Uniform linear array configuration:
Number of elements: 24
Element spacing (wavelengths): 0.5
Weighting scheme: blackman
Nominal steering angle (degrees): -15
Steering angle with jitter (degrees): -13.499
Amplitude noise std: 0.05
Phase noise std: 0.05

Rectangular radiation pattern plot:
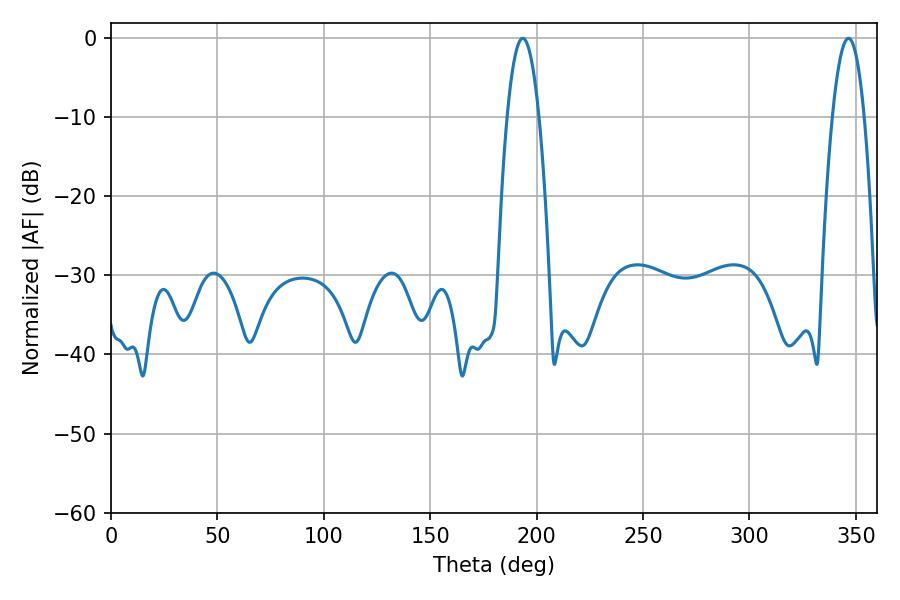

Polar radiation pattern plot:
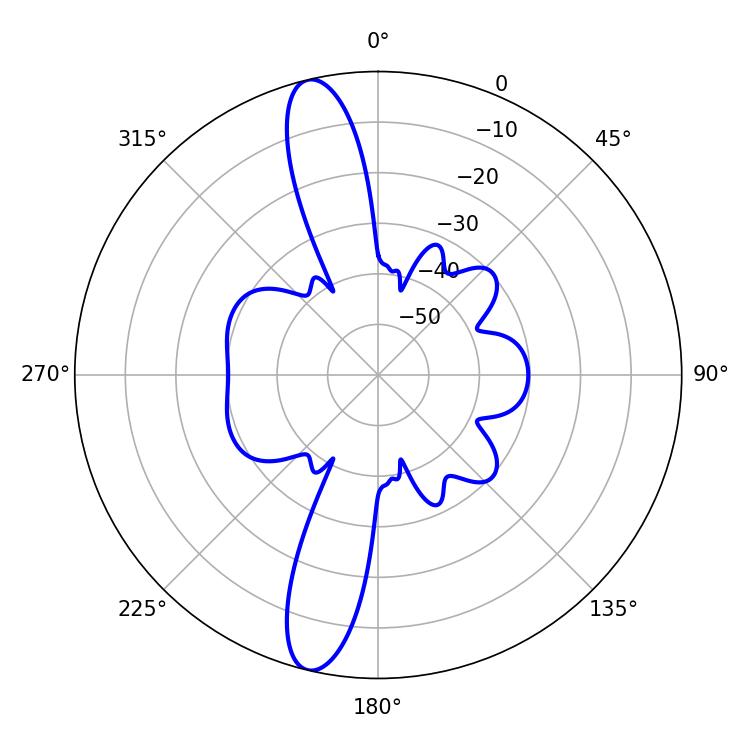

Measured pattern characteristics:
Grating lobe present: FALSE
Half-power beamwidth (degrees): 8.28
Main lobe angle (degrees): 193.5